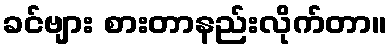
ခင်ဗျား စားတာနည်းလိုက်တာ။